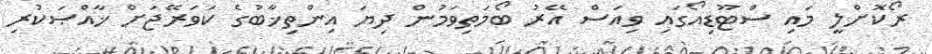
ރޯކޮށްލީ މައި ސްޓޫޑިއޯގައި ވިއަސް އޭރު ބޯމަތިވަމުން ދިޔަ އިންތިޚާބުގެ ކަވަރޭޖަށް ޚާއްޞަކުރި